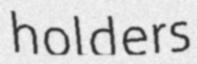
holders